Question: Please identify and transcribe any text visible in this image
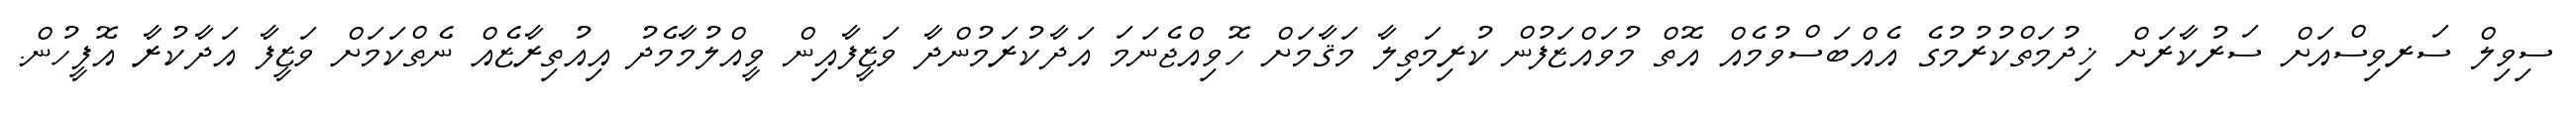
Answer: ސިވިލް ސަރވިސްއަށް ސަރުކާރަށް ޚިދުމަތްކުރުމުގެ އެއްބަސްވުމެއް އޮތް މުވައްޒަފުން ކުރިމަތިލާ މަޤާމަށް ހޮވިއްޖެނަމަ އަދާކުރަމުންދާ ވަޒީފާއިން ވީއްލުމާމެދު އިއުތިރާޒެއް ނެތްކަމަށް ވަޒީފާ އަދާކުރާ އޮފީހުން.